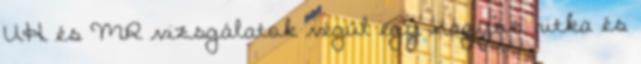
UH és MR vizsgálatok végül egy nagyon ritka és